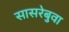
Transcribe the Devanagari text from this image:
सासरेबुवा